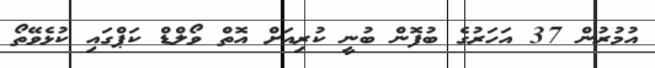
އުމުރުން 37 އަހަރުގެ ބުފޮން ބުނީ ކުރިއަށް އޮތް ވޯލްޑް ކަޕްގައި ކުޅެވޭތޯ